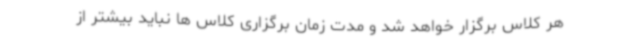
هر کلاس برگزار خواهد شد و مدت زمان برگزاری کلاس ها نباید بیشتر از